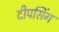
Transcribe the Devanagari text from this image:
दीपसिंग